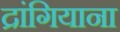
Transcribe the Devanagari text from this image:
द्रांगियाना